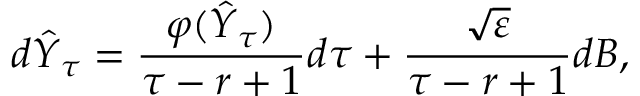
d \hat { Y } _ { \tau } = \frac { \varphi ( \hat { Y } _ { \tau } ) } { \tau - r + 1 } d \tau + \frac { \sqrt { \varepsilon } } { \tau - r + 1 } d B ,